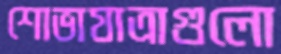
শোভাযাত্রাগুলো